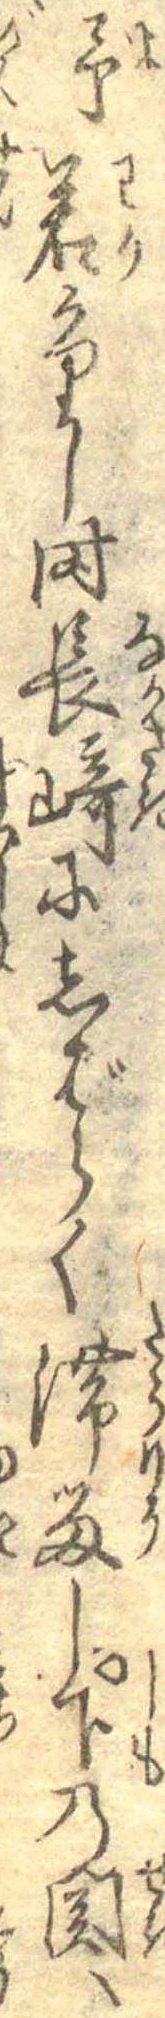
予若かりし時長崎にしばらく滞留し下の関へ